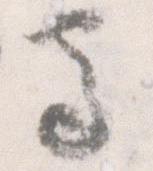
守